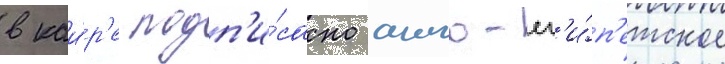
в каи́р'е подп'и́сано англо-ег'и́п'етское